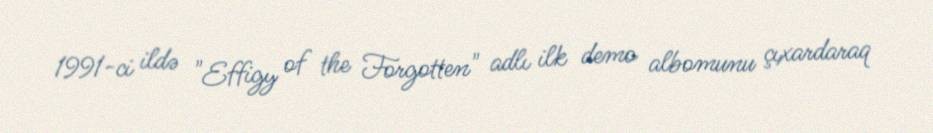
1991-ci ildə "Effigy of the Forgotten" adlı ilk demo albomunu çıxardaraq